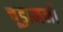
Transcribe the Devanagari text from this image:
चूड़ामनी